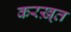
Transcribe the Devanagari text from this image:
करख़्त